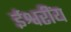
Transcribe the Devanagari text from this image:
ईश्वरींय